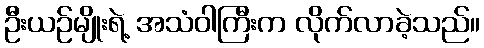
ဦးယဉ်မျိုးရဲ့ အသံဝါကြီးက လိုက်လာခဲ့သည်။